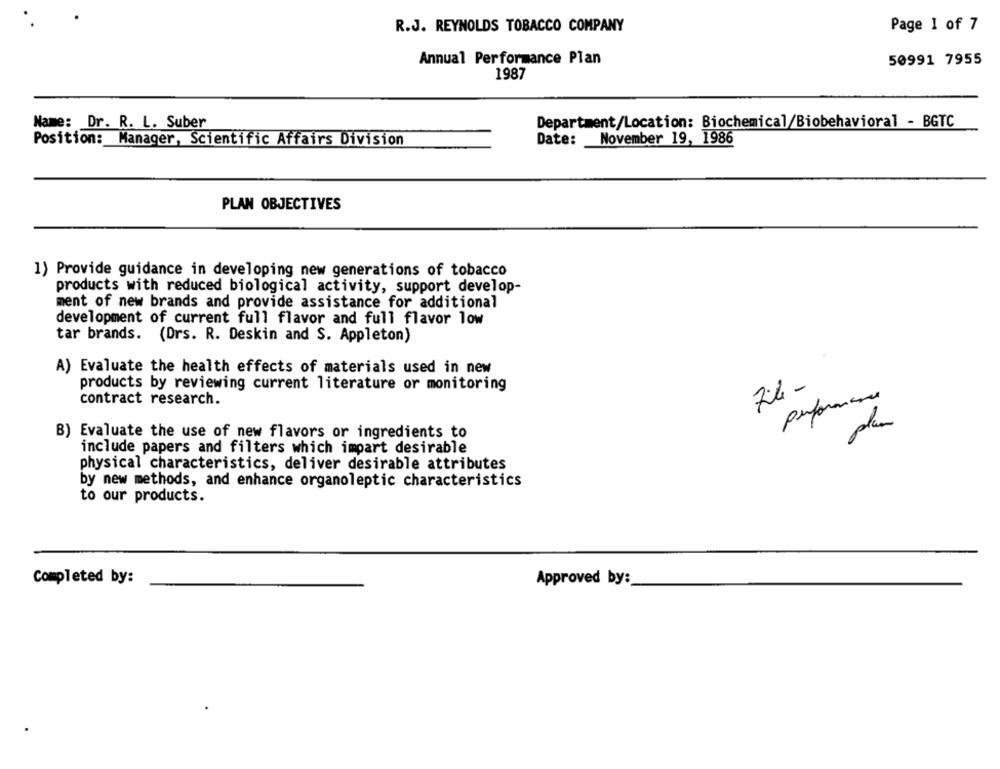
R.J. REYNOLDS TOBACCO COMPANY
Page 1 of 7
Annual Performance Plan
50991 7955
1987
Name: Dr. R. L. Suber
Department/Location: Biochemical/Biobehavioral - BGTC
Position: Manager, Scientific Affairs Division
Date: November 19, 1986
PLAN OBJECTIVES
1) Provide guidance in developing new generations of tobacco
products with reduced biological activity, support develop-
ment of new brands and provide assistance for additional
development of current full flavor and full flavor low
tar brands. (Drs. R. Deskin and S. Appleton)
A) Evaluate the health effects of materials used in new
7:4-
products by reviewing current literature or monitoring
contract research.
performance
plan
B) Evaluate the use of new flavors or ingredients to
include papers and filters which impart desirable
physical characteristics, deliver desirable attributes
by new methods, and enhance organoleptic characteristics
to our products.
Completed by:
Approved by: